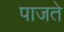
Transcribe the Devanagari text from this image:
पाजते